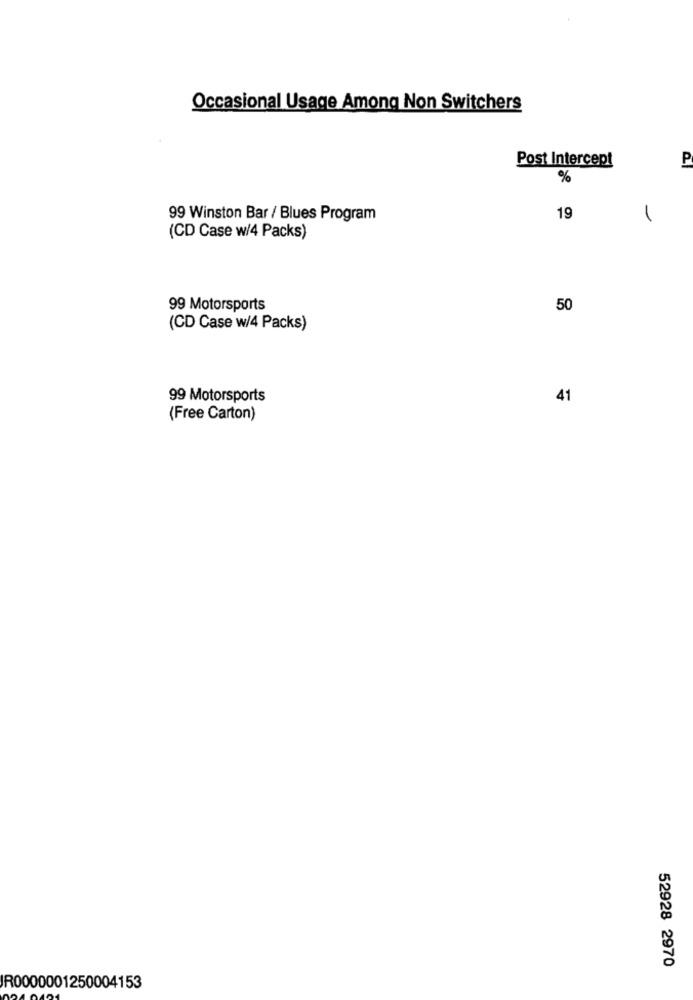
Occasional Usage Among Non Switchers
Post Intercep!
P
%
99 Winston Bar / Blues Program
19
1
(CD Case w/4 Packs)
99 Motorsports
50
(CD Case w/4 Packs)
99 Motorsports
41
(Free Carton)
52928 2970
IR0000001250004153